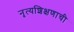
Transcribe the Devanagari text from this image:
नृत्यशिक्षणाची